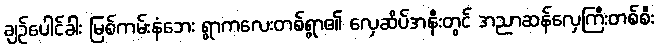
ချဉ်ပေါင်ခါး မြစ်ကမ်းနံဘေး ရွာကလေးတစ်ရွာ၏ လှေဆိပ်အနီးတွင် အညာဆန်လှေကြီးတစ်စီး